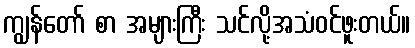
ကျွန်တော် စာ အများကြီး သင်လို့အသံဝင်ဖူးတယ်။